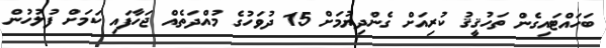
ބަހައްޓައިގެން ތަހުޤީޤު ކުރިއަށް ގެންދިޔުމަށް 15 ދުވަހުގެ މުއްދަތެއް ޖަހާފައި ކަމަށް ފުލުހުން